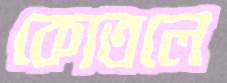
কোতলে